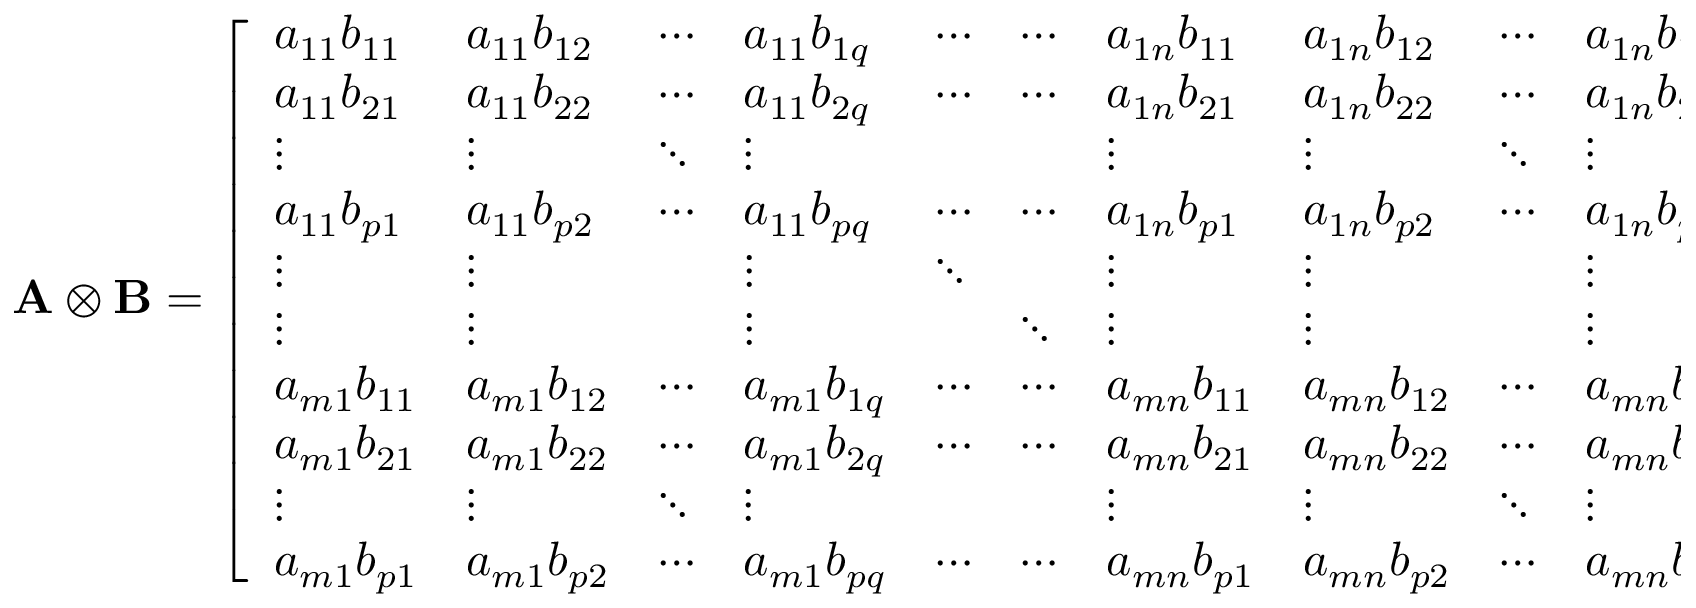
{ \mathbf { A } \otimes \mathbf { B } } = { \left[ \begin{array} { l l l l l l l l l l } { a _ { 1 1 } b _ { 1 1 } } & { a _ { 1 1 } b _ { 1 2 } } & { \cdots } & { a _ { 1 1 } b _ { 1 q } } & { \cdots } & { \cdots } & { a _ { 1 n } b _ { 1 1 } } & { a _ { 1 n } b _ { 1 2 } } & { \cdots } & { a _ { 1 n } b _ { 1 q } } \\ { a _ { 1 1 } b _ { 2 1 } } & { a _ { 1 1 } b _ { 2 2 } } & { \cdots } & { a _ { 1 1 } b _ { 2 q } } & { \cdots } & { \cdots } & { a _ { 1 n } b _ { 2 1 } } & { a _ { 1 n } b _ { 2 2 } } & { \cdots } & { a _ { 1 n } b _ { 2 q } } \\ { \vdots } & { \vdots } & { \ddots } & { \vdots } & { } & { } & { \vdots } & { \vdots } & { \ddots } & { \vdots } \\ { a _ { 1 1 } b _ { p 1 } } & { a _ { 1 1 } b _ { p 2 } } & { \cdots } & { a _ { 1 1 } b _ { p q } } & { \cdots } & { \cdots } & { a _ { 1 n } b _ { p 1 } } & { a _ { 1 n } b _ { p 2 } } & { \cdots } & { a _ { 1 n } b _ { p q } } \\ { \vdots } & { \vdots } & { } & { \vdots } & { \ddots } & { } & { \vdots } & { \vdots } & { } & { \vdots } \\ { \vdots } & { \vdots } & { } & { \vdots } & { } & { \ddots } & { \vdots } & { \vdots } & { } & { \vdots } \\ { a _ { m 1 } b _ { 1 1 } } & { a _ { m 1 } b _ { 1 2 } } & { \cdots } & { a _ { m 1 } b _ { 1 q } } & { \cdots } & { \cdots } & { a _ { m n } b _ { 1 1 } } & { a _ { m n } b _ { 1 2 } } & { \cdots } & { a _ { m n } b _ { 1 q } } \\ { a _ { m 1 } b _ { 2 1 } } & { a _ { m 1 } b _ { 2 2 } } & { \cdots } & { a _ { m 1 } b _ { 2 q } } & { \cdots } & { \cdots } & { a _ { m n } b _ { 2 1 } } & { a _ { m n } b _ { 2 2 } } & { \cdots } & { a _ { m n } b _ { 2 q } } \\ { \vdots } & { \vdots } & { \ddots } & { \vdots } & { } & { } & { \vdots } & { \vdots } & { \ddots } & { \vdots } \\ { a _ { m 1 } b _ { p 1 } } & { a _ { m 1 } b _ { p 2 } } & { \cdots } & { a _ { m 1 } b _ { p q } } & { \cdots } & { \cdots } & { a _ { m n } b _ { p 1 } } & { a _ { m n } b _ { p 2 } } & { \cdots } & { a _ { m n } b _ { p q } } \end{array} \right] } .